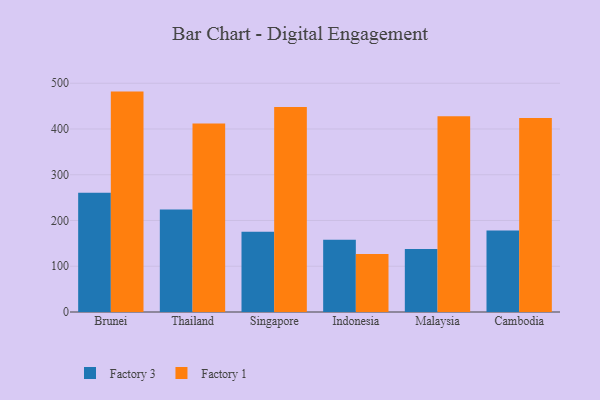
{"axis": {"x": "Country", "y": "Backlog"}, "legend": ["Factory 1", "Factory 3"], "data": [{"x": "Brunei", "y": 260.7, "type": "Factory 3"}, {"x": "Brunei", "y": 481.7, "type": "Factory 1"}, {"x": "Thailand", "y": 223.9, "type": "Factory 3"}, {"x": "Thailand", "y": 412.1, "type": "Factory 1"}, {"x": "Singapore", "y": 175.2, "type": "Factory 3"}, {"x": "Singapore", "y": 448.3, "type": "Factory 1"}, {"x": "Indonesia", "y": 157.8, "type": "Factory 3"}, {"x": "Indonesia", "y": 126.8, "type": "Factory 1"}, {"x": "Malaysia", "y": 137.8, "type": "Factory 3"}, {"x": "Malaysia", "y": 427.6, "type": "Factory 1"}, {"x": "Cambodia", "y": 177.9, "type": "Factory 3"}, {"x": "Cambodia", "y": 424.1, "type": "Factory 1"}]}